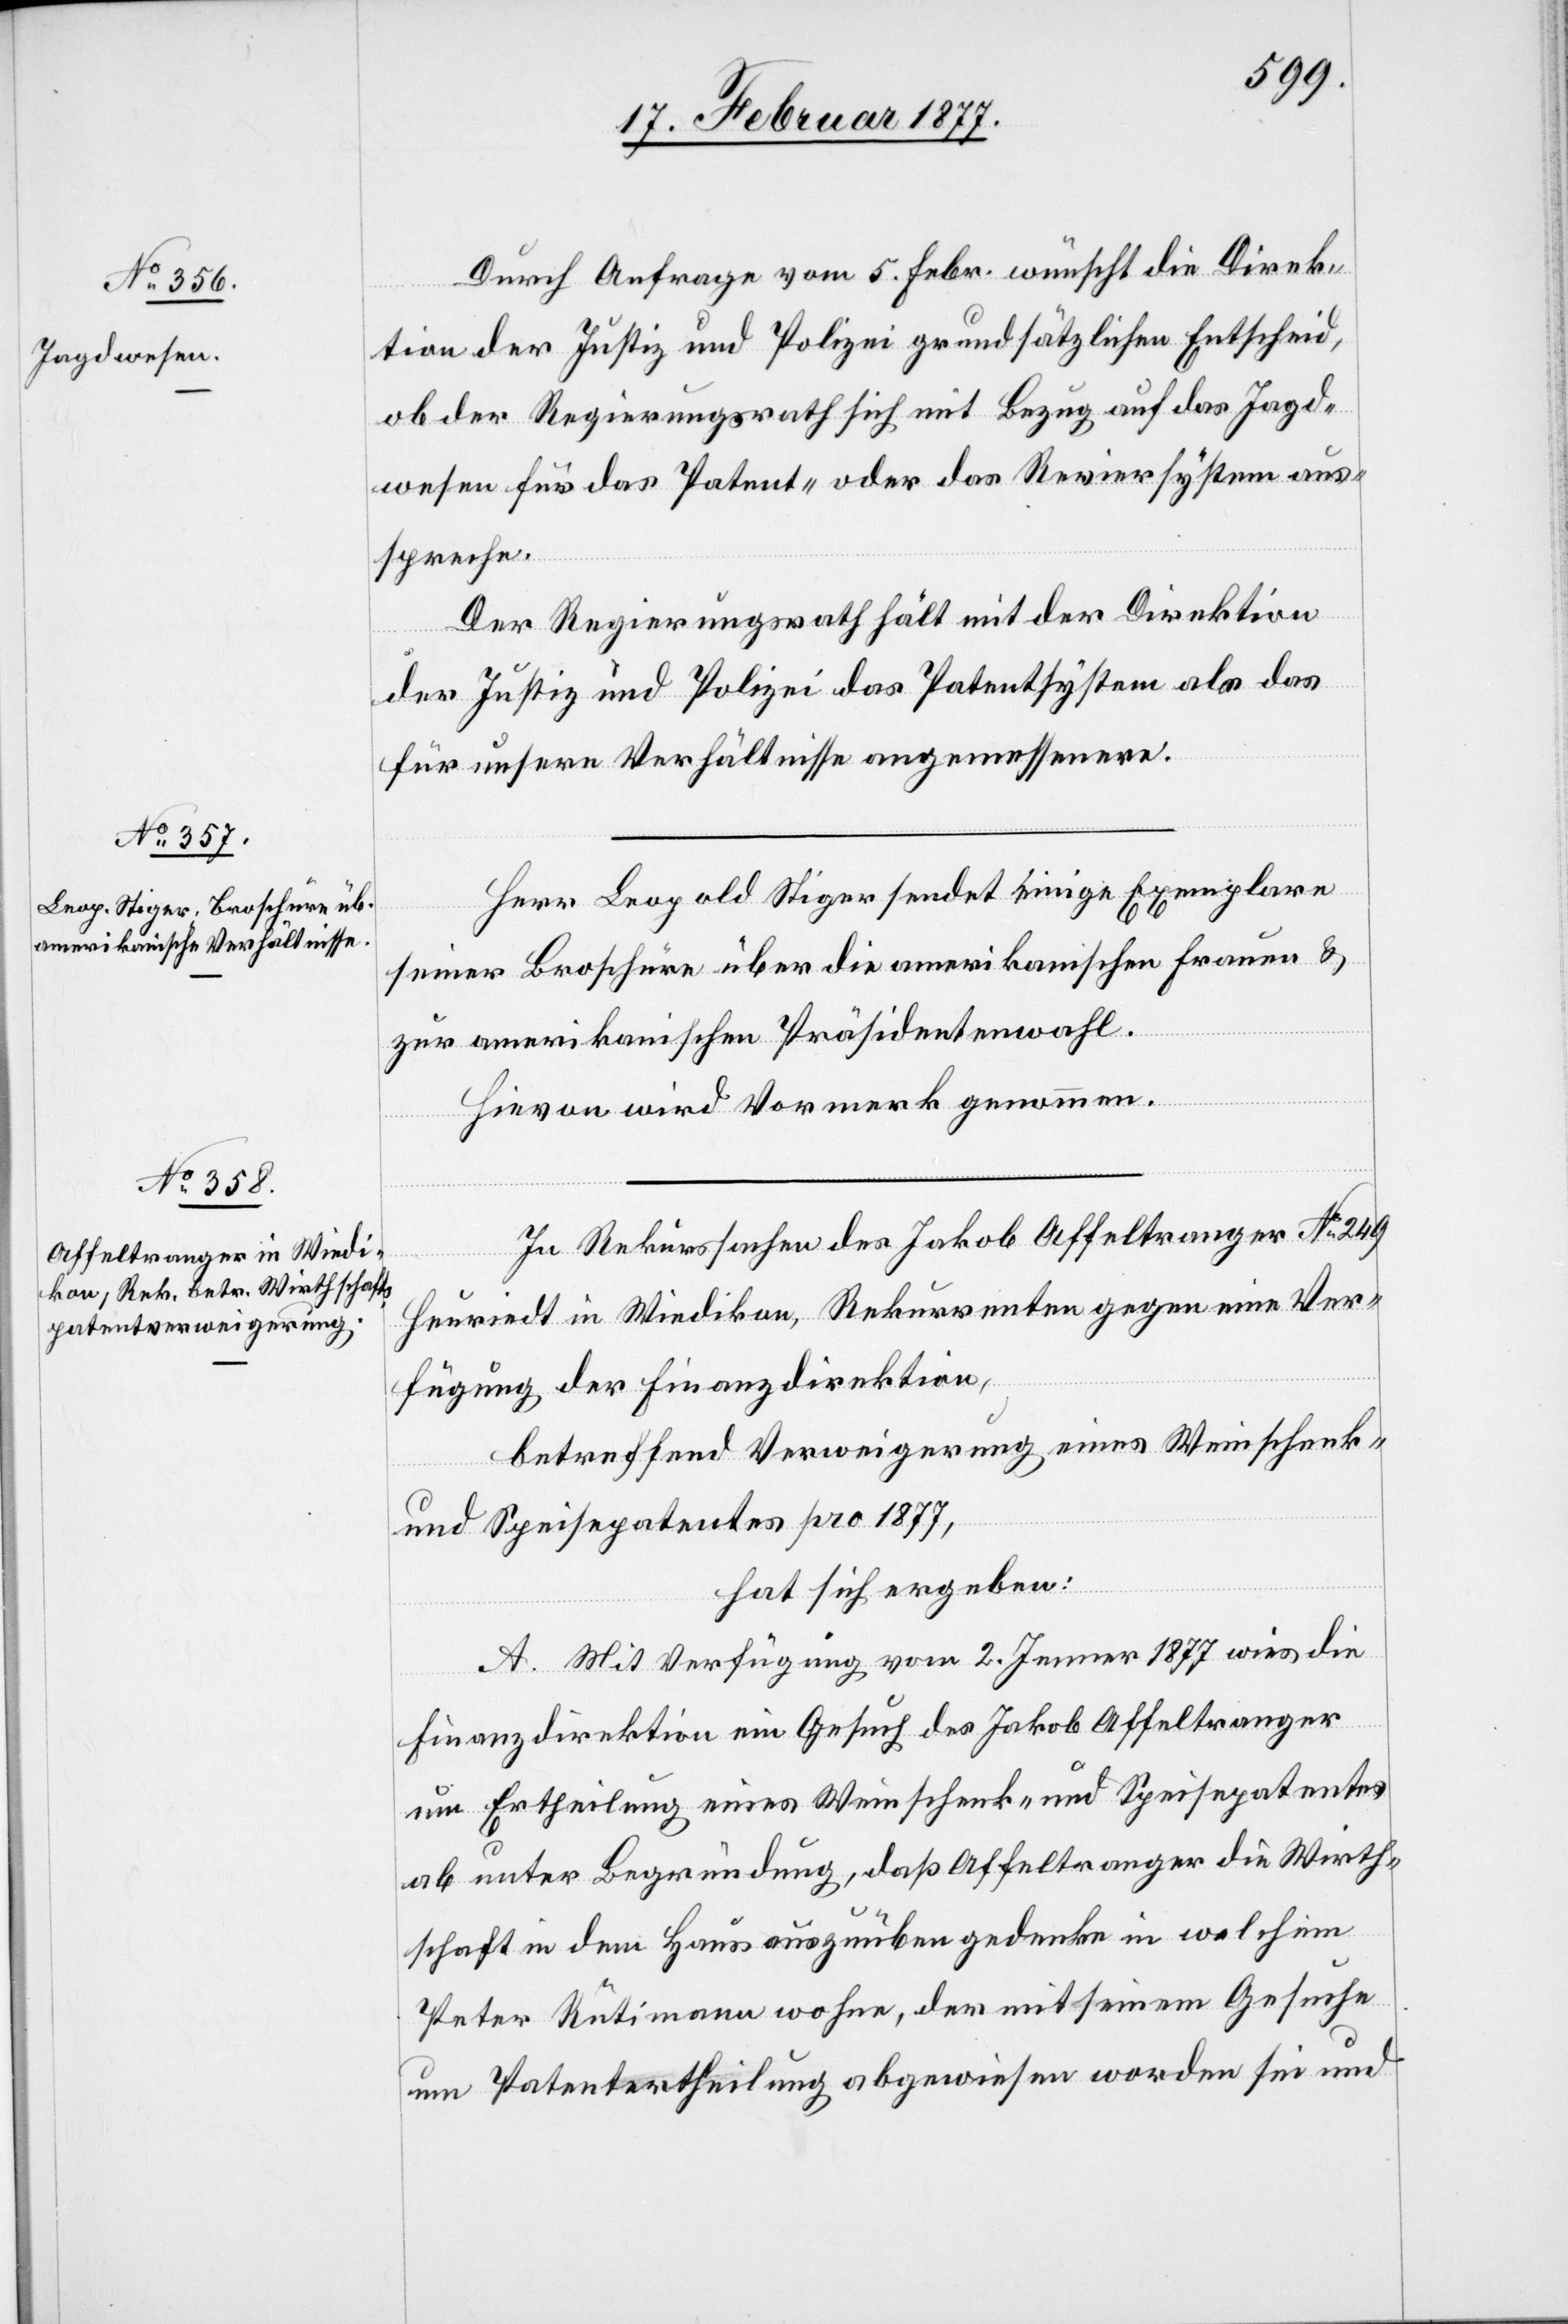
Durch Anfrage vom 5. Febr. wünscht die Direk¬
tion der Justiz und Polizei grundsätzlichen Entscheid,
ob der Regierungsrath sich mit Bezug auf das Jagd¬
wesen für das Patent- oder das Reviersystem aus¬
spreche.
Der Regierungsrath hält mit der Direktion
der Justiz und Polizei das Patentsystem als das
für unsere Verhältnisse angemessenere.
Herr Leopold Stiger sendet einige Exemplare
seiner Broschüre über die amerikanischen Frauen &
zur amerikanischen Präsidentenwahl.
Hievon wird Vormerk genommen.
In Rekurssachen des Jakob Affeltranger No 249
Heuriedt in Wiedikon, Rekurrenten gegen eine Ver¬
fügung der Finanzdirektion,
betreffend Verweigerung eines Weinschenk-
und Speisepatentes pro 1877,
hat sich ergeben:
A. Mit Verfügung vom 2. Jenner 1877 wies die
Finanzdirektion ein Gesuch des Jakob Affeltranger
um Ertheilung eines Weinschenk- und Speisepatentes
ab unter Begründung, daß Affeltranger die Wirth¬
schaft in dem Haus auszuüben gedenke in welchem
Peter Rütimann wohne, der mit seinem Gesuche
um Patentertheilung abgewiesen worden sei und